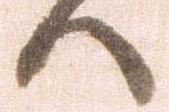
へ